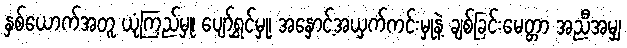
နှစ်ယောက်အတူ ယုံကြည်မှု၊ ပျော်ရွှင်မှု၊ အနှောင့်အယှက်ကင်းမှုနဲ့ ချစ်ခြင်းမေတ္တာ အညီအမျှ